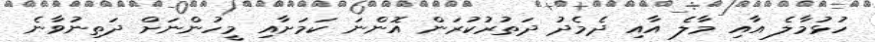
ހުޅުމާލެ އާއި މާލެ އާއި ދެމެދު ދަތުރުކުރަން އޮންނަ ކަމަށާއި މީހުންނަށް ދަތިނުވާނެ